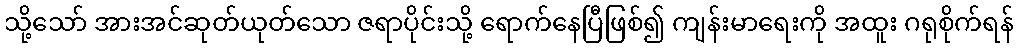
သို့သော် အားအင်ဆုတ်ယုတ်သော ဇရာပိုင်းသို့ ရောက်နေပြီဖြစ်၍ ကျန်းမာရေးကို အထူး ဂရုစိုက်ရန်